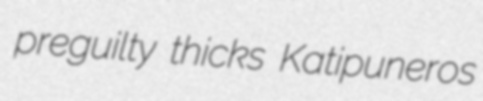
preguilty thicks Katipuneros